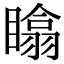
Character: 䁯